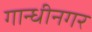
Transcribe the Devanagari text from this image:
गान्धीनगर